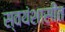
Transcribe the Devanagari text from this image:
स्वयंशासीत